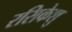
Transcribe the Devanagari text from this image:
रसिकेशु